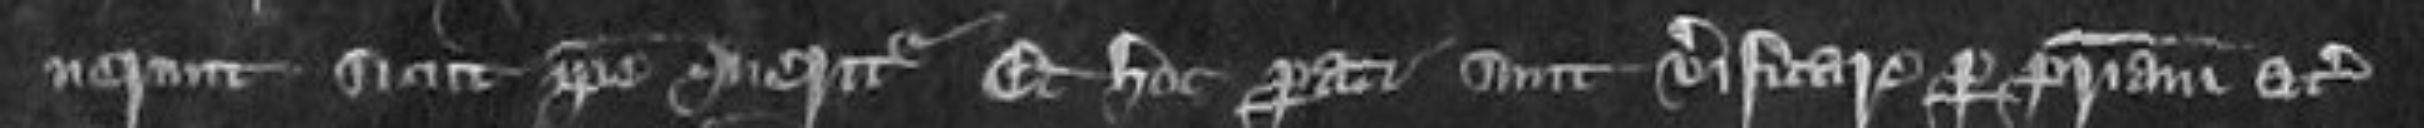
verunt sicut ipse queritur et hoc parati sunt verificare per patriam etc